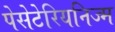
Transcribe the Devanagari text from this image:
पेसेटेरियनिज्म